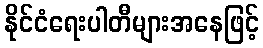
နိုင်ငံရေးပါတီများအနေဖြင့်